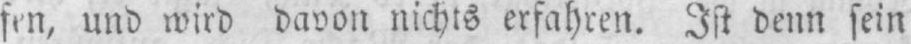
fen, und wird davon nichts erfahren. Ist denn sein